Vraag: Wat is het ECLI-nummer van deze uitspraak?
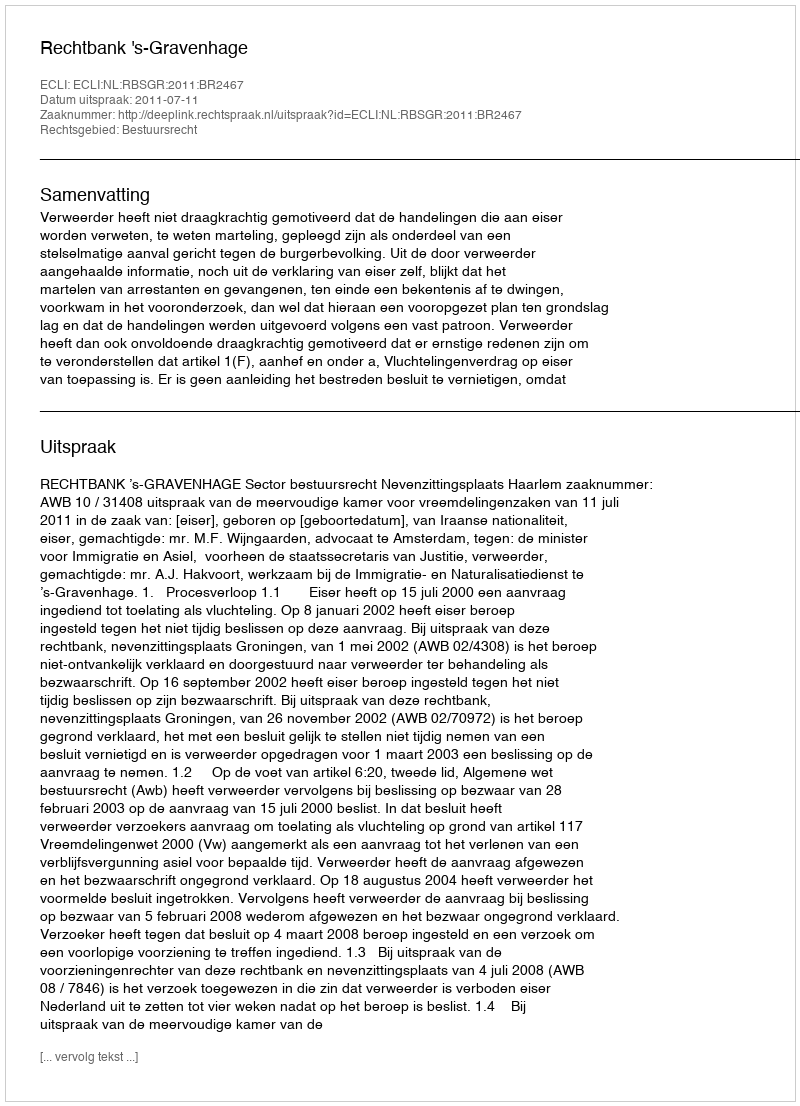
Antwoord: ECLI:NL:RBSGR:2011:BR2467